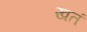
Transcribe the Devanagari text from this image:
खतं